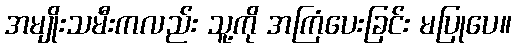
အမျိုးသမီးကလည်း သူ့ကို အကြံပေးခြင်း မပြုပေ။